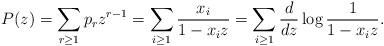
LaTeX: \begin{align*} P(z) = \sum_{r \ge 1} p_r z^{r-1} = \sum_{i \ge 1} \frac{x_i}{1-x_i z} = \sum_{i \ge 1} \frac{d}{dz} \log \frac{1}{1-x_i z}.\end{align*}